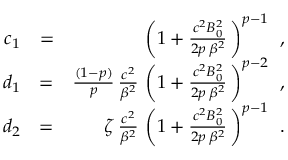
\begin{array} { r l r } { c _ { 1 } } & { = } & { \left( 1 + \frac { c ^ { 2 } B _ { 0 } ^ { 2 } } { 2 p \, \beta ^ { 2 } } \, \right) ^ { p - 1 } \, \; , } \\ { d _ { 1 } } & { = } & { \frac { ( 1 - p ) } { p } \, \frac { c ^ { 2 } } { \beta ^ { 2 } } \, \left( 1 + \frac { c ^ { 2 } B _ { 0 } ^ { 2 } } { 2 p \, \beta ^ { 2 } } \, \right) ^ { p - 2 } \, \; , } \\ { d _ { 2 } } & { = } & { \zeta \, \frac { c ^ { 2 } } { \beta ^ { 2 } } \, \left( 1 + \frac { c ^ { 2 } B _ { 0 } ^ { 2 } } { 2 p \, \beta ^ { 2 } } \, \right) ^ { p - 1 } \, \; . } \end{array}